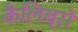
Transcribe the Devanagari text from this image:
कैलिब्रो